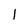
Character: I